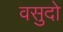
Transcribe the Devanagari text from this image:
वसुदो